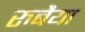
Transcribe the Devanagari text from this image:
रुबैया